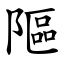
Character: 䧢